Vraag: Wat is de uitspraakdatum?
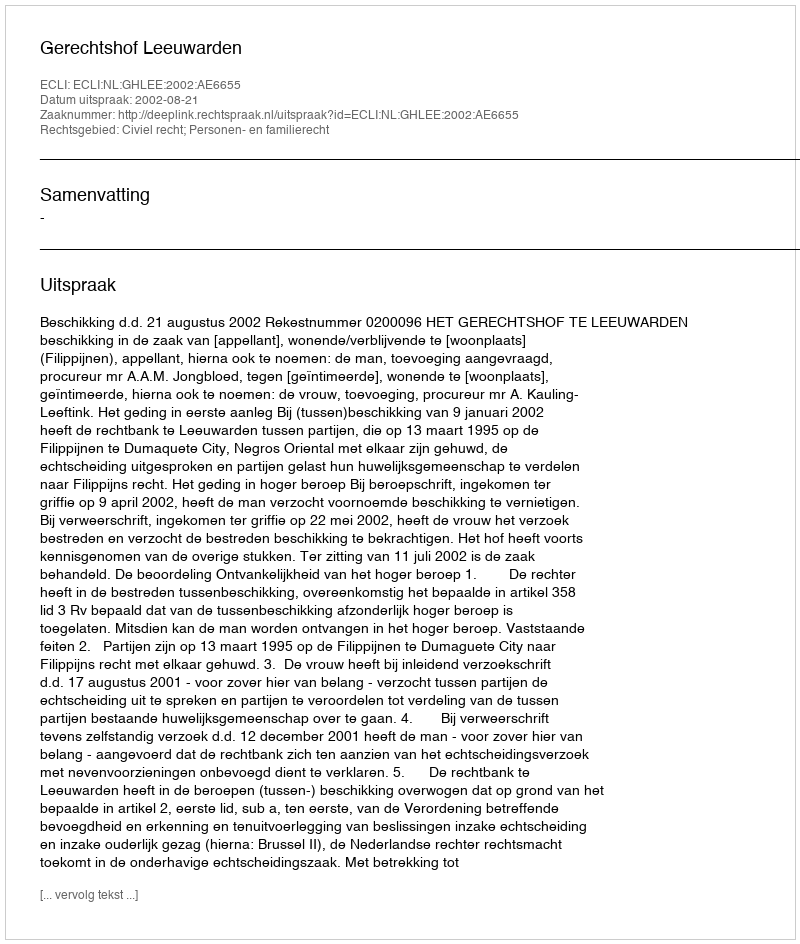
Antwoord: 2002-08-21